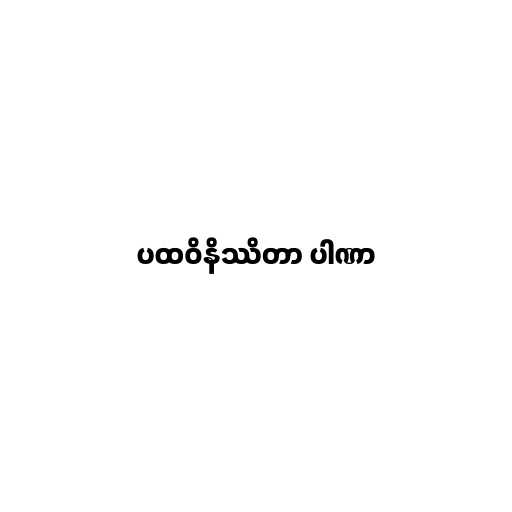
ပထဝိနိဿိတာ ပါဏာ